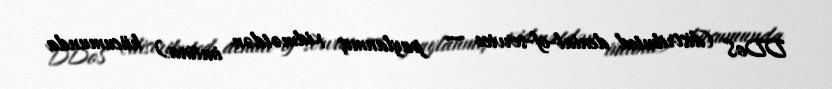
DDoS (distributed denial-of-service − paylanmış xidmətdən imtina) hücumunda